Report on lock hospitals in British Burma
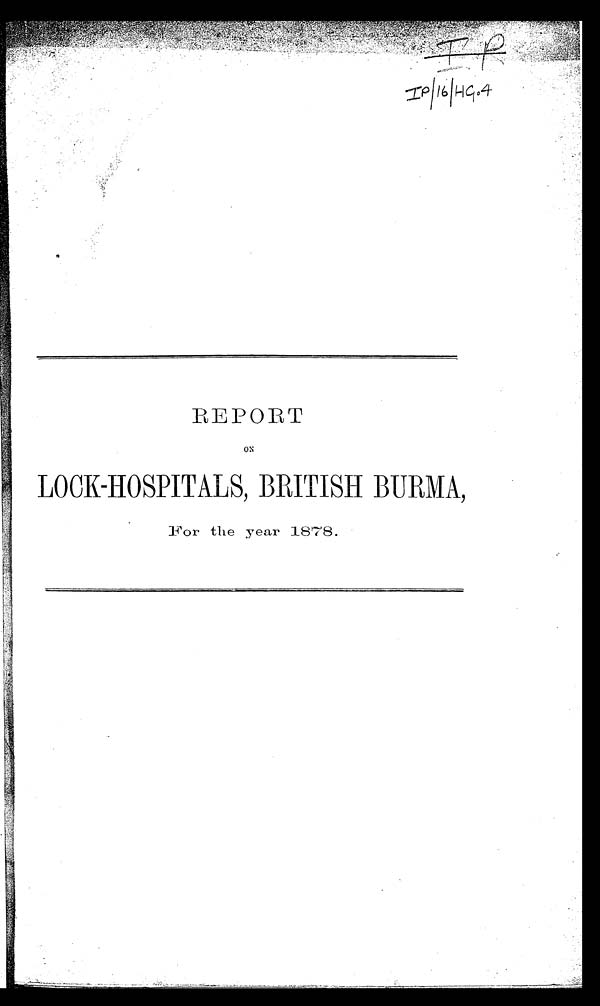
REPORT
ON
LOCK-HOSPITALS, BRITISH BURMA,
For the year 1878.